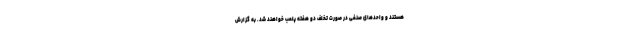
هستند و واحدهای صنفی در صورت تخلف دو هفته پلمب خواهند شد. به گزارش